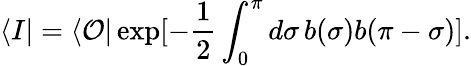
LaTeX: \langle I|=\langle{\cal O}|\exp[-\frac 12\int_{0}^{\pi}d\sigma\, b(\sigma)b(\pi-\sigma)].